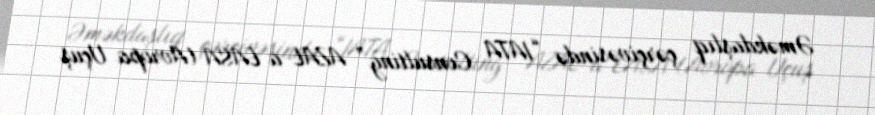
Əməkdaşlıq çərçivəsində “IATA Consulting” AZAL-a EASA (Avropa Uçuş